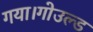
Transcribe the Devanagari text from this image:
गया।गोउल्‍ड